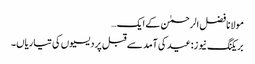
مولانا فضل الرحمٰن کے ایک…
بریکنگ نیوز:عید کی آمد سے قبل پردیسیوں کی تیاریاں۔